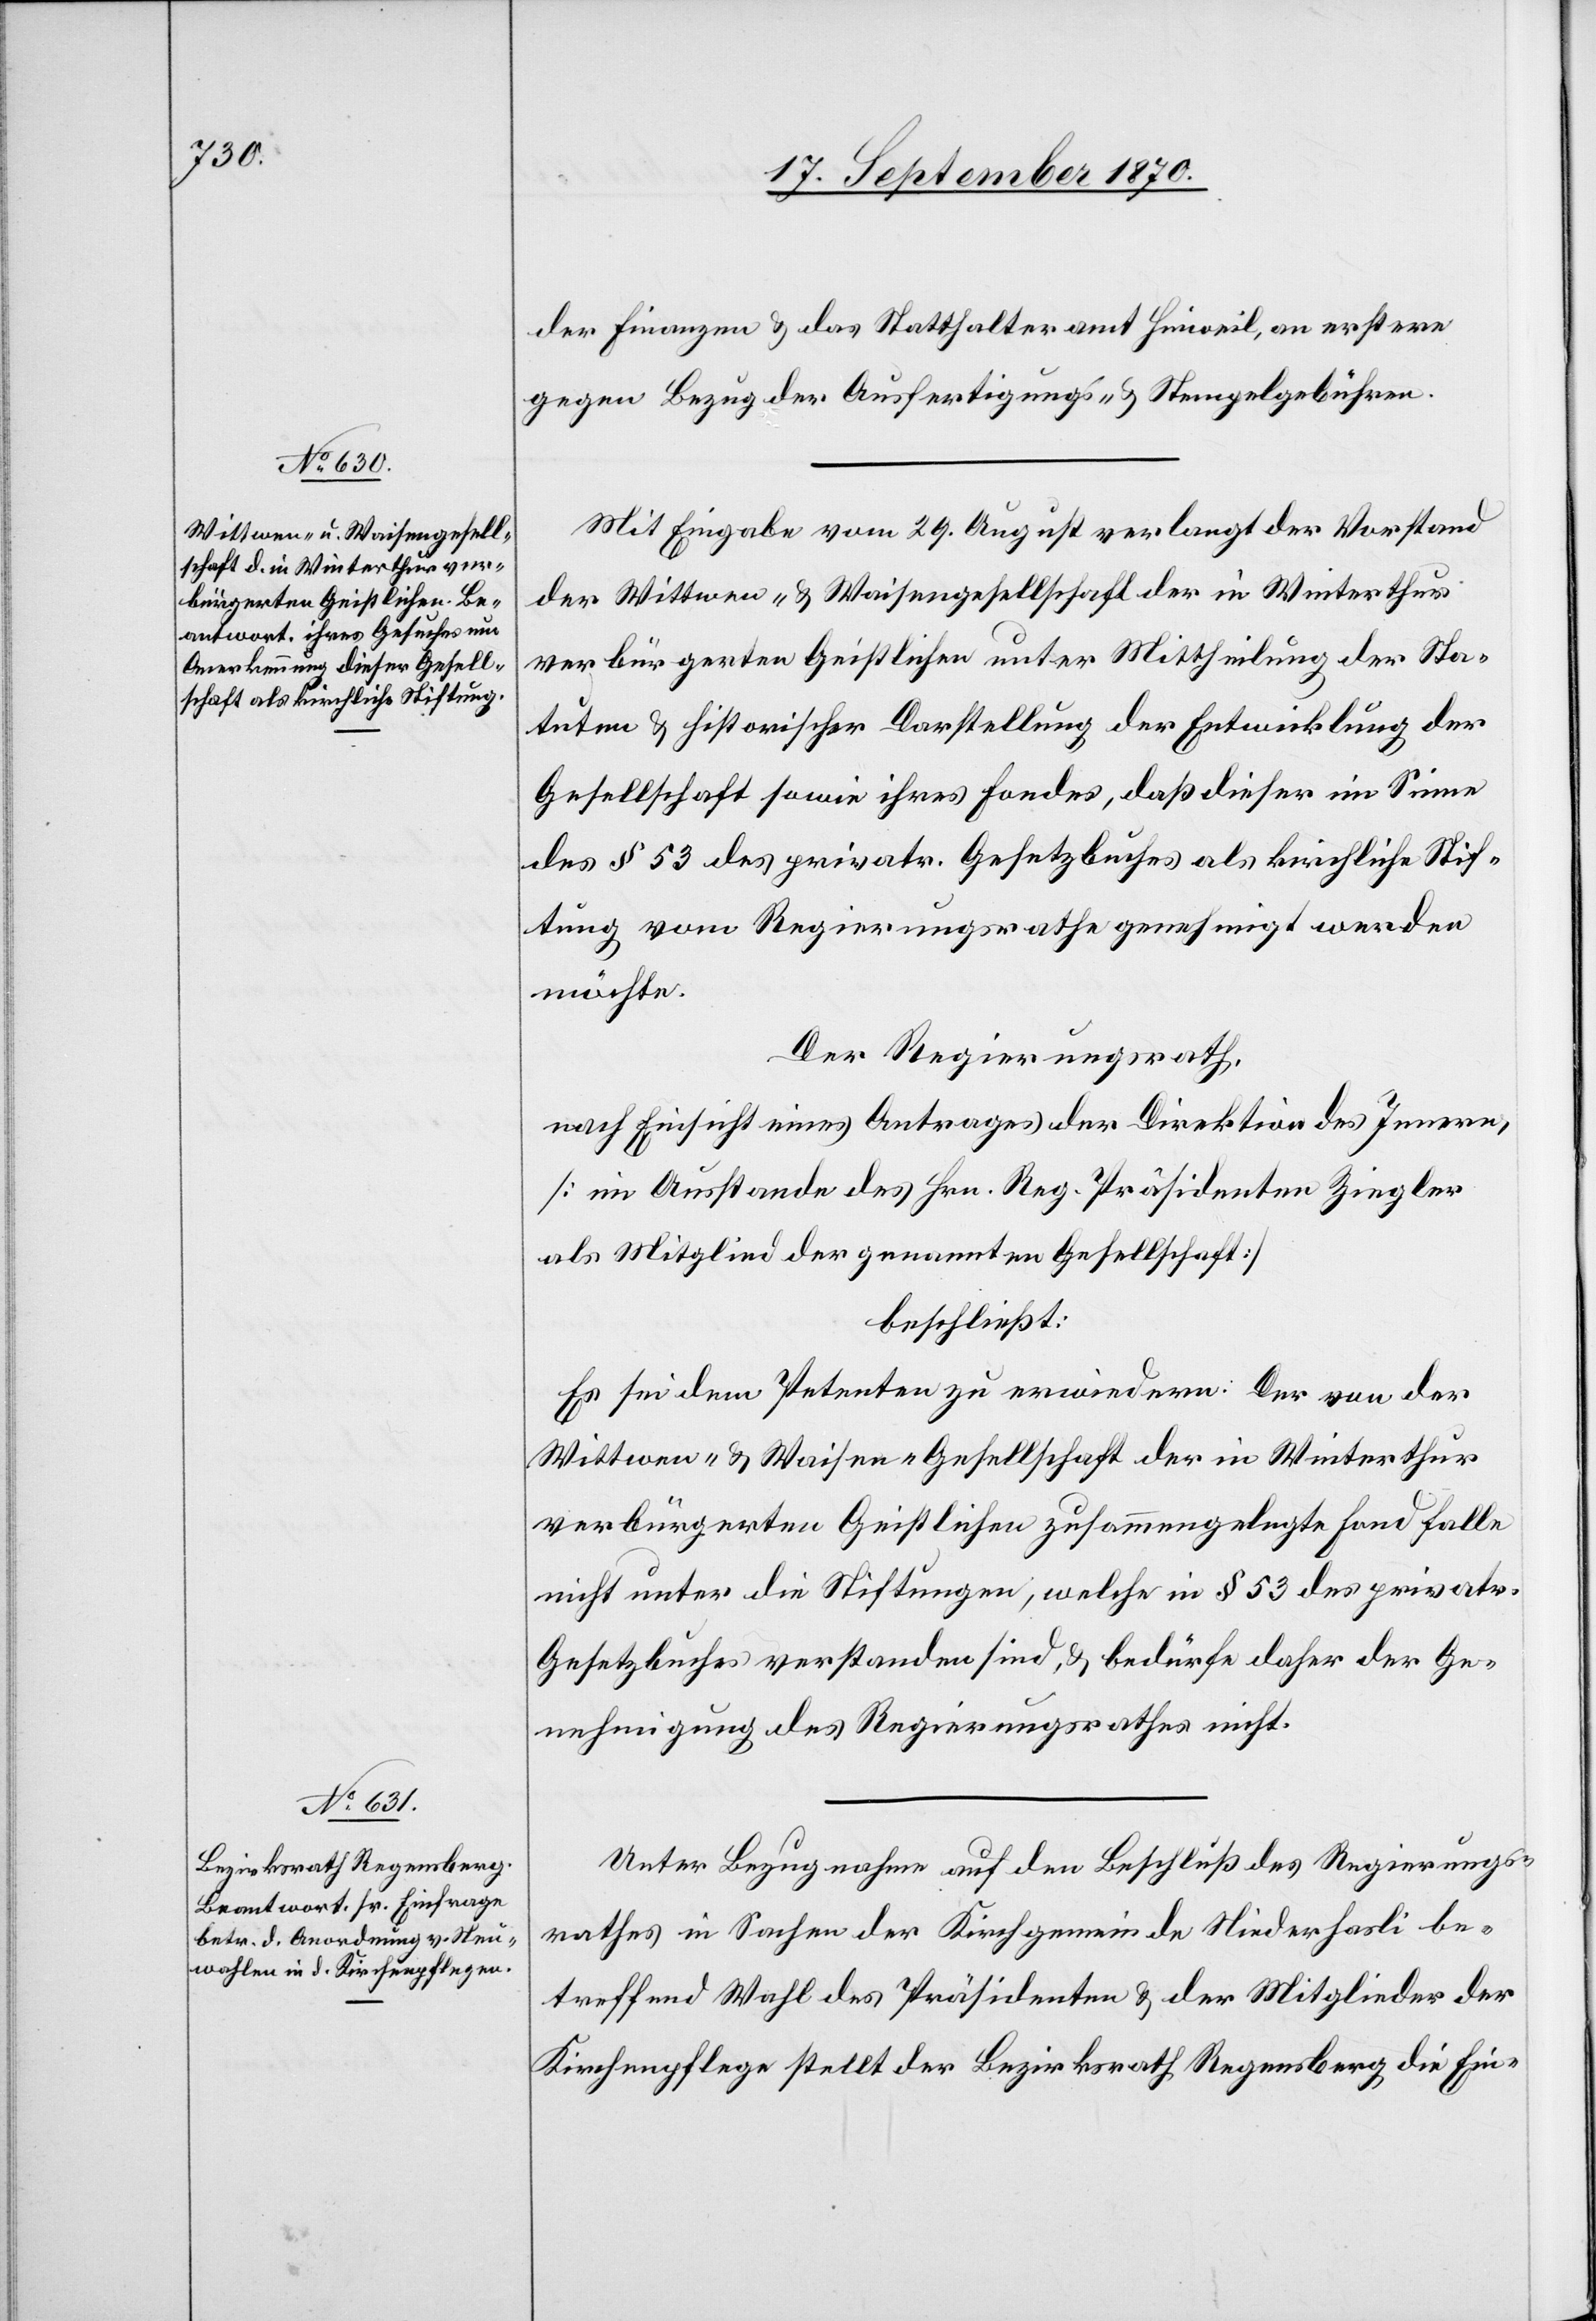
der Finanzen & das Statthalteramt Hinweil, an erstere
gegen Bezug der Ausfertigungs- & Stempelgebühren.
Mit Eingabe vom 29. August verlangt der Vorstand
der Wittwen- & Waisengesellschaft der in Winterthur
verbürgerten Geistlichen unter Mittheilung der Sta¬
tuten & historischer Darstellung der Entwicklung der
Gesellschaft sowie ihres Fondes, daß dieser im Sinne
des § 53 des privatr. Gesetzbuches als kirchliche Stif¬
tung vom Regierungsrathe genehmigt werden
möchte.
Der Regierungsrath,
nach Einsicht eines Antrages der Direktion des Innern,
[im Ausstande des Hrn. Reg. Präsidenten Ziegler
als Mitglied der genannten Gesellschaft]
beschließt:
Es sei dem Petenten zu erwiedern: Der von der
Wittwen- & Waisen-Gesellschaft der in Winterthur
verbürgerten Geistlichen zusammengelegte Fond falle
nicht unter die Stiftungen, welche in § 53 des privatr.
Gesetzbuches verstanden sind, & bedürfe daher der Ge¬
nehmigung des Regierungsrathes nicht.
Unter Bezugnahme auf den Beschluß des Regierungs¬
rathes in Sachen der Kirchgemeinde Niederhasli be¬
treffend Wahl des Präsidenten & der Mitglieder der
Kirchenpflege stellt der Bezirksrath Regensberg die Ein-